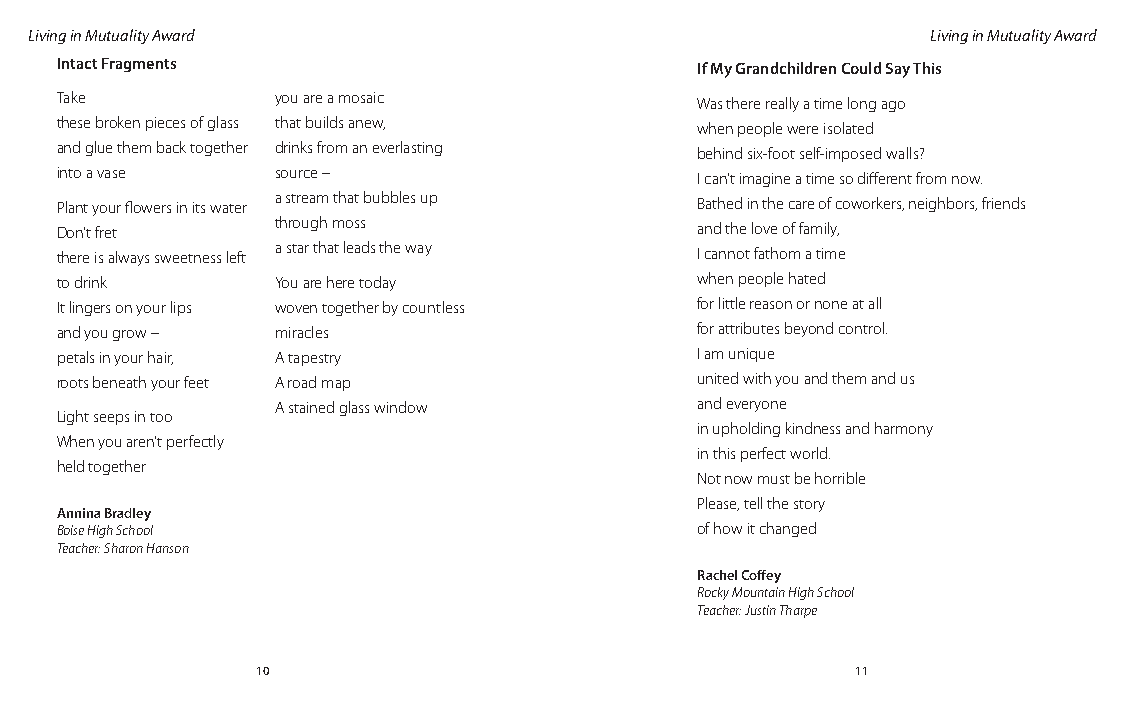
Living in Mutuality Award                                   Living in Mutuality Award
 Intact Fragments                          If My Grandchildren Could Say This
 Take          you are a mosaic            Was there really a time long ago
 these broken pieces of glass that builds anew, when people were isolated
 and glue them back together drinks from an everlasting behind six-foot self-imposed walls?
 into a vase   source –                    I can’t imagine a time so different from now.
 Plant your flowers in its water a stream that bubbles up Bathed in the care of coworkers, neighbors, friends
 Don’t fret    through moss                and the love of family,
 there is always sweetness left a star that leads the way I cannot fathom a time
 to drink      You are here today          when people hated
 It lingers on your lips woven together by countless for little reason or none at all
 and you grow – miracles                   for attributes beyond control.
 petals in your hair, A tapestry           I am unique
 roots beneath your feet A road map        united with you and them and us
 A stained glass window      and everyone
 Light seeps in too
 in upholding kindness and harmony
 When you aren’t perfectly
 in this perfect world.
 held together
 Not now must be horrible
 Please, tell the story
 Annina Bradley
 Boise High School                         of how it changed
 Teacher: Sharon Hanson
 Rachel Coffey
 Rocky Mountain High School
 Teacher: Justin Tharpe
 10                                      11